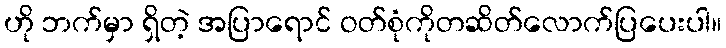
ဟို ဘက်မှာ ရှိတဲ့ အပြာရောင် ဝတ်စုံကိုတဆိတ်လောက်ပြပေးပါ။